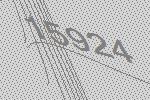
15924